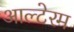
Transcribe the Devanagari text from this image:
आल्टेरम